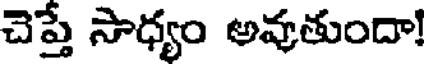
చెప్తే సాధ్యం అవుతుందా!